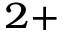
^ { 2 + }